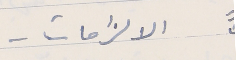
الالزامات –